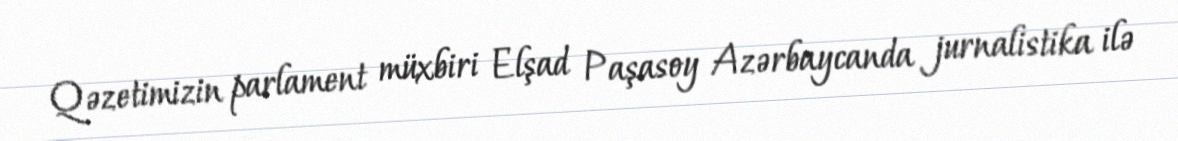
Qəzetimizin parlament müxbiri Elşad Paşasoy Azərbaycanda jurnalistika ilə